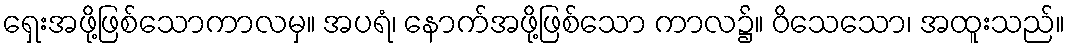
ရှေးအဖို့ဖြစ်သောကာလမှ။ အပရံ၊ နောက်အဖို့ဖြစ်သော ကာလ၌။ ဝိသေသော၊ အထူးသည်။